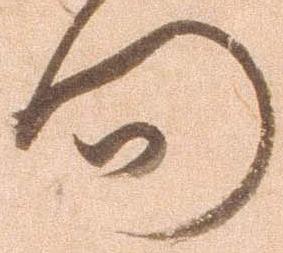
問